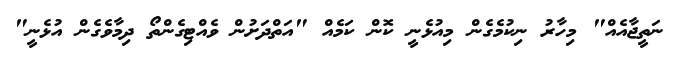
ނަތީޖާއެއް" މިހާރު ނިކުމެގެން މިއުޅެނީ ކޮން ކަމެއް "އަތްދަށުން ވެއްޓިގެންތޯ ދިމާވެގެން އުޅެނީ"